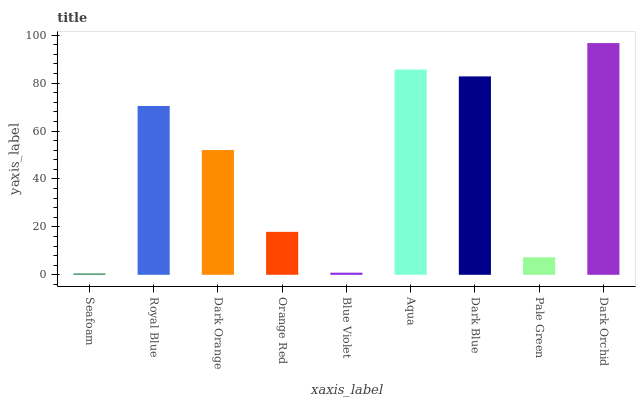
| xaxis_label | bars |
 | --- | --- |
 | Seafoam | 0.551 |
 | Royal Blue | 70.5 |
 | Dark Orange | 52.1 |
 | Orange Red | 17.9 |
 | Blue Violet | 0.876 |
 | Aqua | 85.7 |
 | Dark Blue | 82.8 |
 | Pale Green | 7.31 |
 | Dark Orchid | 96.7 |